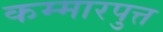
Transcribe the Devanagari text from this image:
कम्मारपुत्त